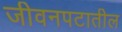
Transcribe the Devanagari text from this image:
जीवनपटातील